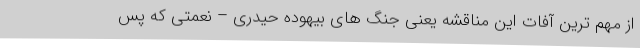
از مهم ترین آفات این مناقشه یعنی جنگ های بیهوده حیدری – نعمتی که پس